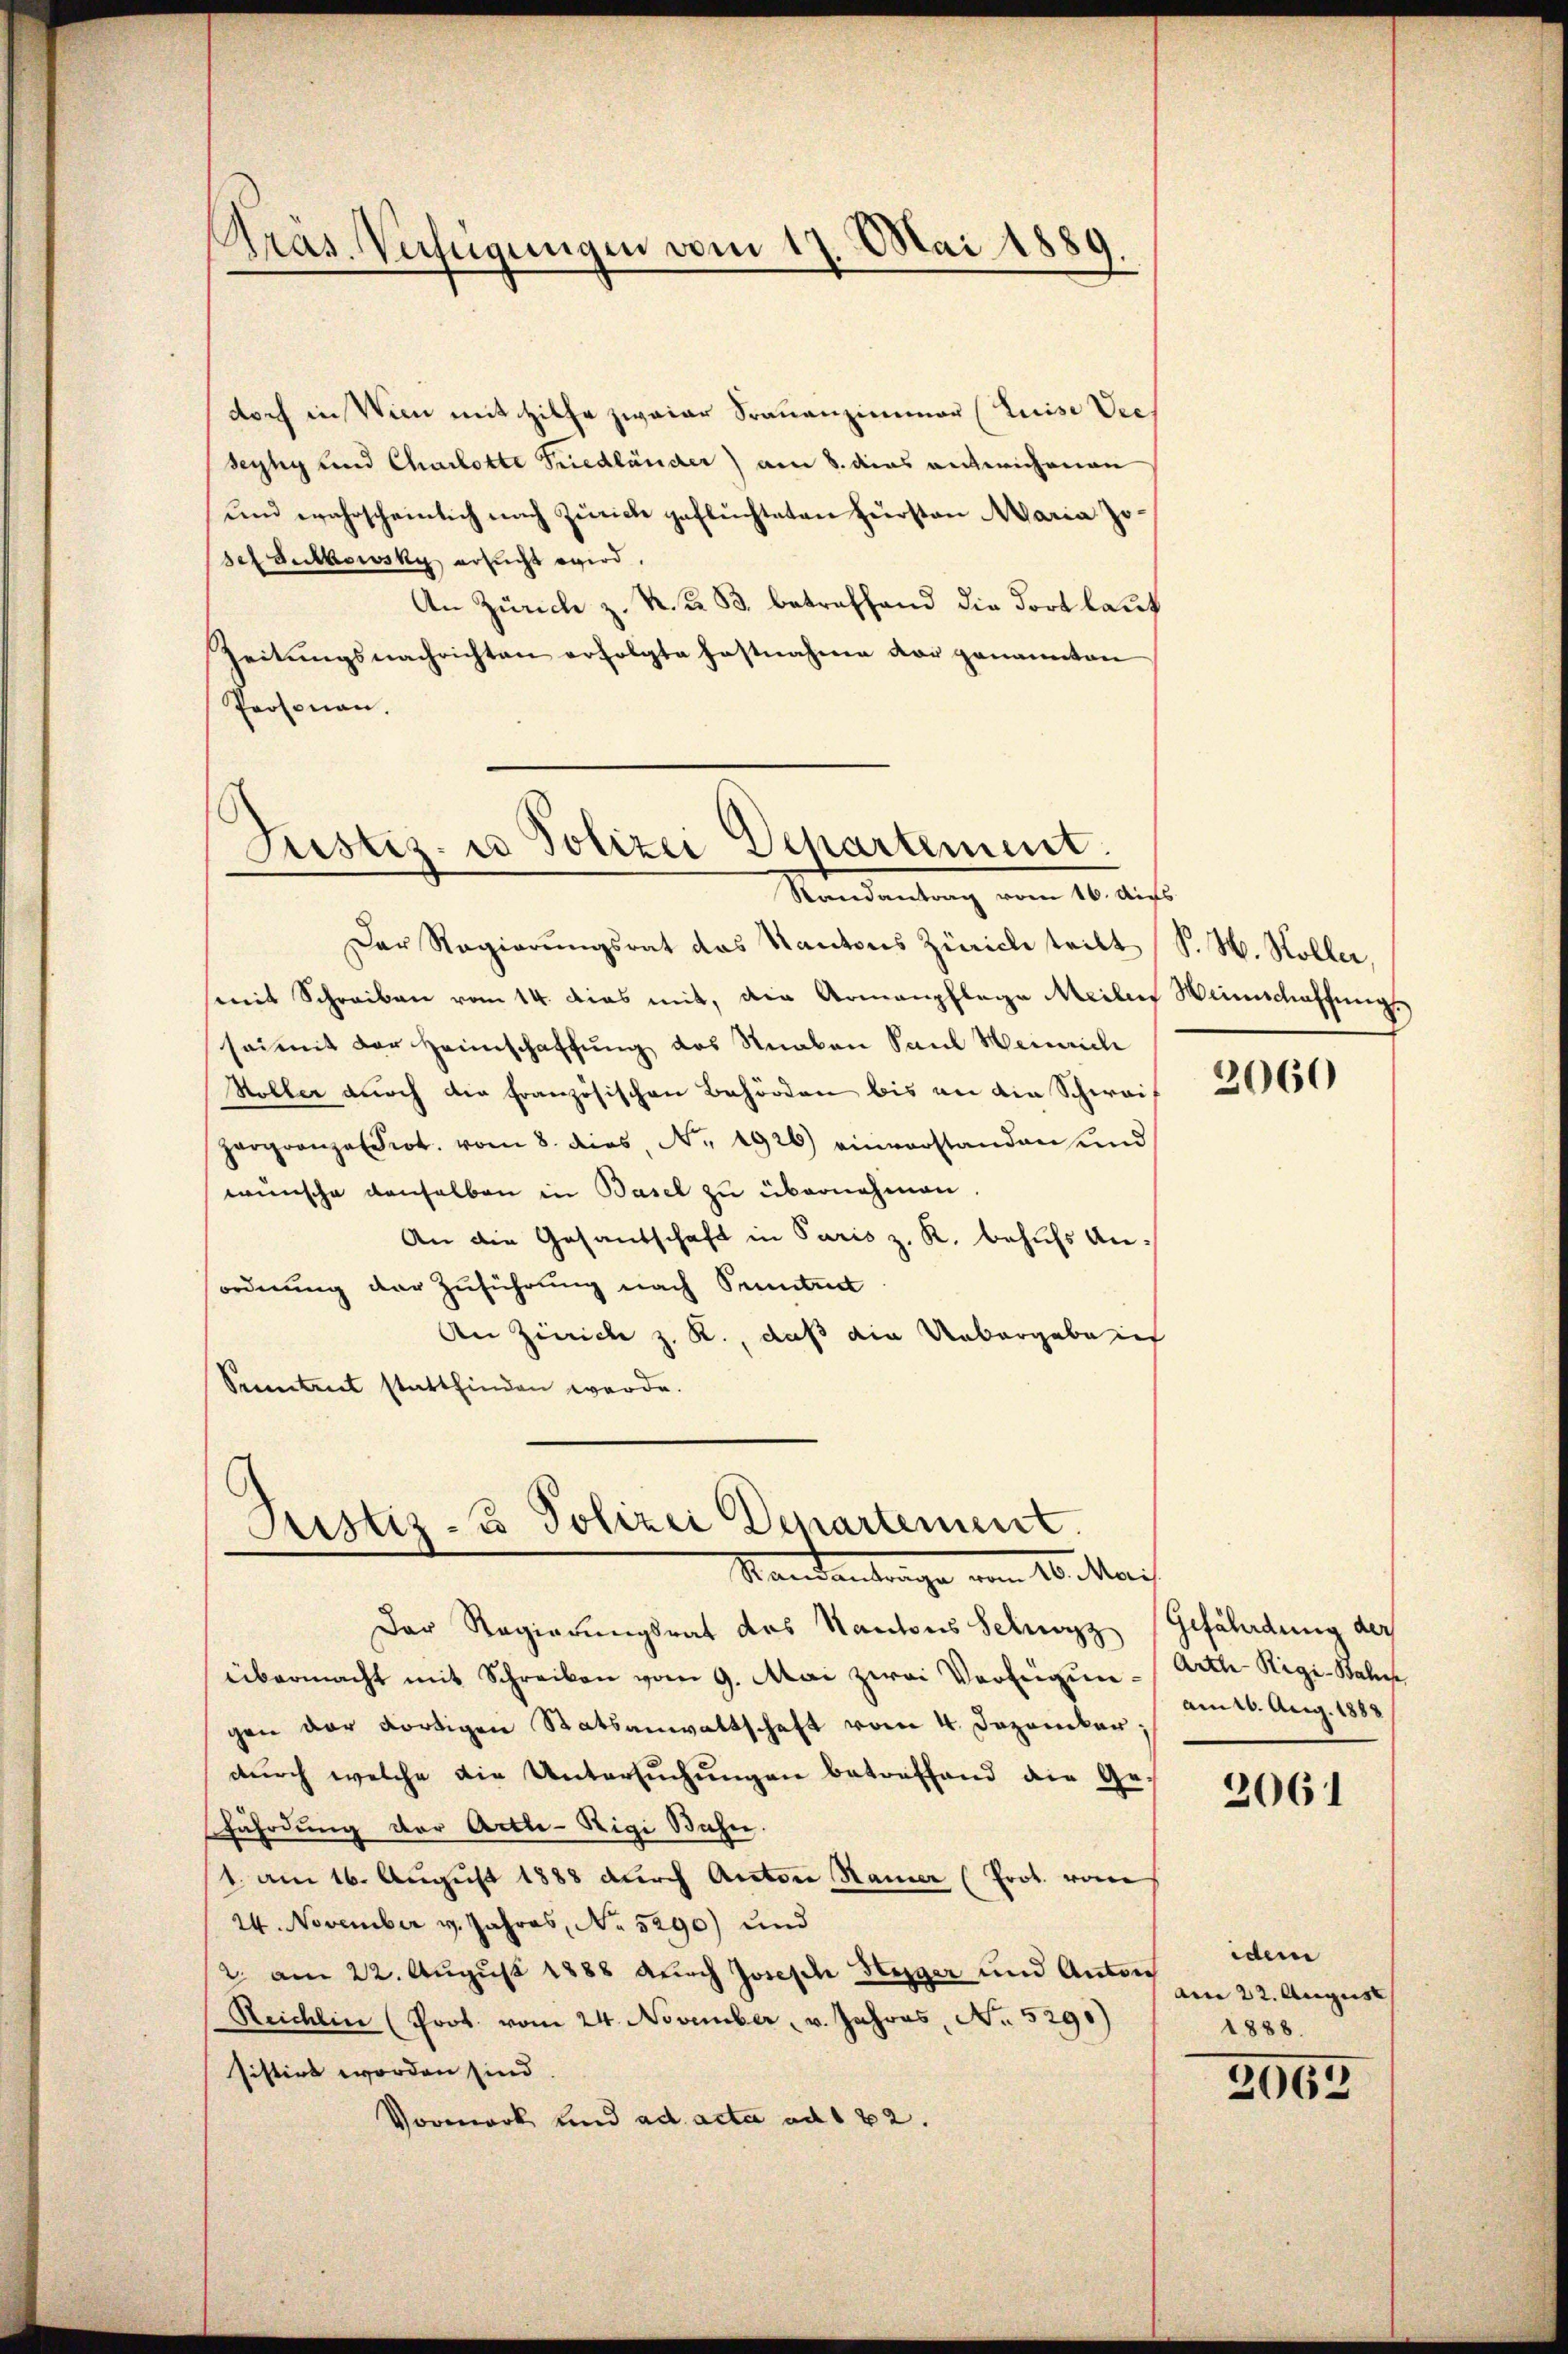
doch in Wien mit Hilfe zwaiar Frauenzimmer (Luise Vieh
seyhy und Charlotte Friedländer) am 8. dies entwichenen
und wahrscheinlich nach Zürich geflüchteten Fürsten Maria Josef Sutkowsky ersucht wird.
An Zürich z. K. K. B. betreffend die dort laut
Zeitungsnachrichten erfolgte Fastnahme der genannten
Prosonan.

Bras. Verfügungen vom 17. Mai 1889.

Justiz- u Polizei Departement.
Randantrag vom 16. Aus

Der Regierŭngsrat das Kantons Zürich teilt (S. H. Koller,
mit Schreiben vom 14. Das mit, die Armenpflege Meilen Weinschaffung
sei mit der Heimschaffung des Knaben Paul Heinrich
Holler durch die französischen Behörden bis an die Schwai¬
Harranzarot. vom 8. dies, N. 1926) einverstanden und
wünsche denselben in Basel zu übernehmen
An die Gesandschaft in Paris z. R. behufs Anordnung der Zuführung nach Pentret
An Zürich z. R., daß die Uebergabe i
Senntent stattfinden werde.

Justiz- u Polizei Departement.
Standentrage vom 10. Mai

Der Regierungsrat des Kantons Schwyz
übermacht mit Schreiben vom 9. Mai zwei Verfügun-Arth Rigi-Bahn
gen der dortigen Statsanwaltschaft vom 4. Dezember;
dŭrch welche die Untersŭchŭngen betreffend die Ge-
fährdung der Artle-Rigi Bahn.
1. am 16. August 1888 durch Actore Kamer (Prot. von
24. November v. Jahres, No 5290) und
2 am 22. August 1888 durch Joseph Steger und Anton am 22. August
Reichlin (Prot. vom 24. November v. Jahres, No. 5290)
sistirt worden sind
Vormerk und ad acta ad 122.

2060

Gefährdung der
am 16. Aug. 1888

2061

idem
1888.

3065